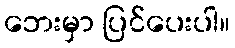
ဘေးမှာ ပြင်ပေးပါ။